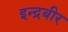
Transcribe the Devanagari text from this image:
इन्द्रबीर